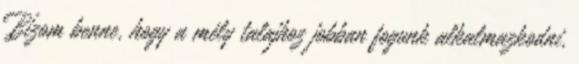
Bízom benne, hogy a mély talajhoz jobban fogunk alkalmazkodni,